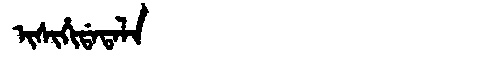
Manchu: ᡳᠰᡳᡥᡳᡩᠠᡨᠠᠯᠠ
Romanization: ISIHIDATALA